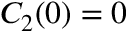
C _ { 2 } ( 0 ) = 0